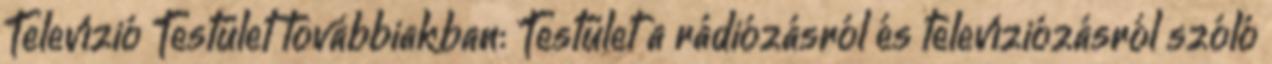
Televízió Testület továbbiakban: Testület a rádiózásról és televíziózásról szóló